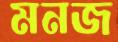
মনজ